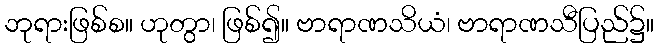
ဘုရားဖြစ်စ။ ဟုတွာ၊ ဖြစ်၍။ ဗာရာဏသိယံ၊ ဗာရာဏသီပြည်၌။